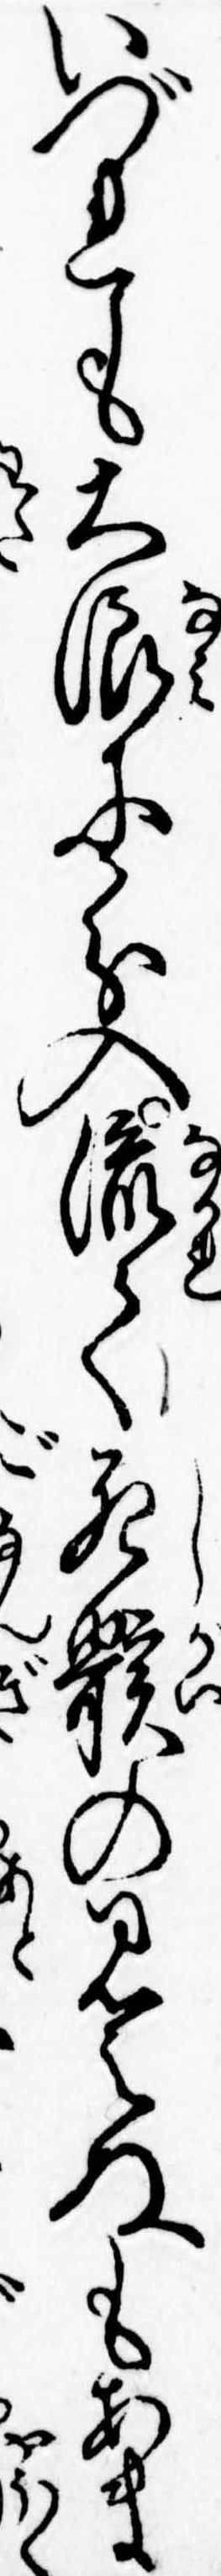
いづれも大浪に分入流て死骸の見えぬもあま